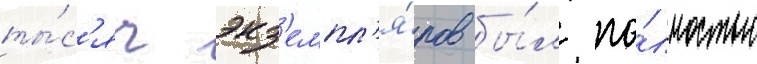
ты́с'яч экз'емпл'я́ров бы́л по́лностью